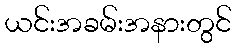
ယင်းအခမ်းအနားတွင်